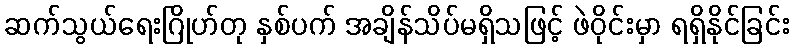
ဆက်သွယ်ရေးဂြိုဟ်တု နှစ်ပက် အချိန်သိပ်မရှိသဖြင့် ဖဲဝိုင်းမှာ ရရှိနိုင်ခြင်း